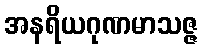
အနရိယဂုဏမာသဇ္ဇ